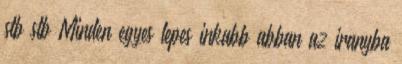
stb stb Minden egyes lepes inkabb abban az iranyba